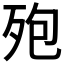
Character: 𪵀